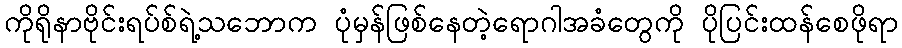
ကိုရိုနာဗိုင်းရပ်စ်ရဲ့သဘောက ပုံမှန်ဖြစ်နေတဲ့ရောဂါအခံတွေကို ပိုပြင်းထန်စေဖိုရာ